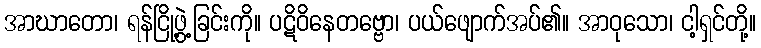
အာဃာတော၊ ရန်ငြို့ဖွဲ့ခြင်းကို။ ပဋိဝိနေတဗ္ဗော၊ ပယ်ဖျောက်အပ်၏။ အာဝုသော၊ ငါ့ရှင်တို့။